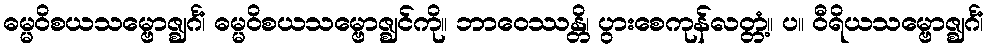
ဓမ္မဝိစယသမ္ဗောဇ္ဈင်္ဂံ၊ ဓမ္မဝိစယသမ္ဗောဇ္ဈင်ကို။ ဘာဝေဿန္တိ၊ ပွားစေကုန်လတ္တံ့။ ပ။ ဝီရိယသမ္ဗောဇ္ဈင်္ဂံ၊